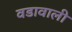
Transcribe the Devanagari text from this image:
वडावाली